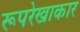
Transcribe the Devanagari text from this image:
रूपरेखाकार